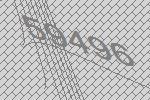
59496